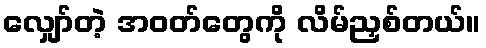
လျှော်တဲ့ အဝတ်တွေကို လိမ်ညှစ်တယ်။